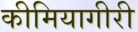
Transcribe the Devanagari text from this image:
कीमियागीरी